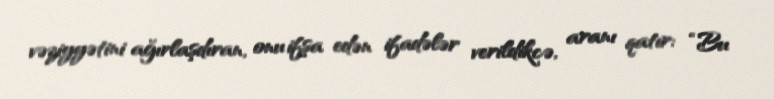
vəziyyətini ağırlaşdıran, onu ifşa edən ifadələr verildikcə, aranı qatır: “Bu